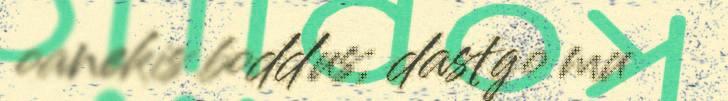
oanekis boddus; dastgo mu